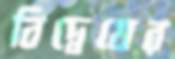
বিদ্বেষের